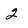
Character: 2